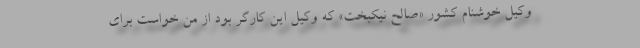
وکیل خوشنام کشور «صالح نیکبخت» که وکیل این کارگر بود از من خواست برای